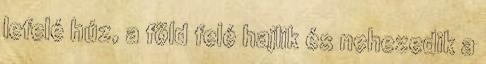
lefelé húz, a föld felé hajlik és nehezedik a